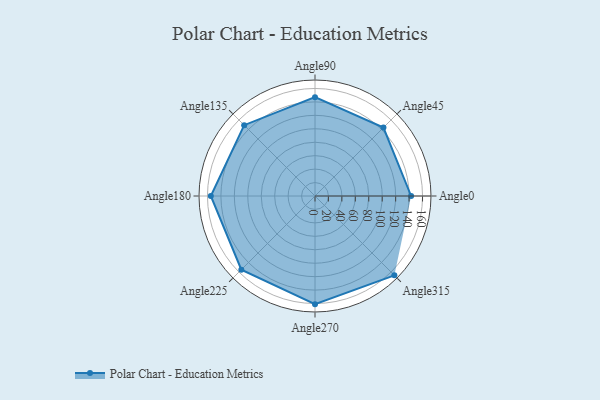
{"axis": {"x": "Angle", "y": "Radius"}, "legend": [""], "data": [{"x": "Angle0", "y": 143.0, "type": ""}, {"x": "Angle45", "y": 144.0, "type": ""}, {"x": "Angle90", "y": 147.0, "type": ""}, {"x": "Angle135", "y": 149.0, "type": ""}, {"x": "Angle180", "y": 155.0, "type": ""}, {"x": "Angle225", "y": 155.0, "type": ""}, {"x": "Angle270", "y": 161.0, "type": ""}, {"x": "Angle315", "y": 167.0, "type": ""}]}